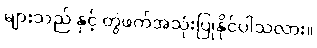
များသည် နှင့် တွဲဖက်အသုံးပြုနိုင်ပါသလား။